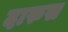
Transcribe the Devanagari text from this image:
दारुस